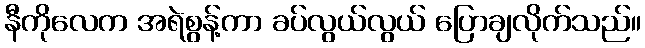
နီကိုလေက အရဲစွန့်ကာ ခပ်လွယ်လွယ် ပြောချလိုက်သည်။